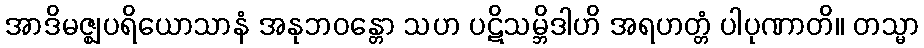
အာဒိမဇ္ဈပရိယောသာနံ အနုဘဝန္တော သဟ ပဋိသမ္ဘိဒါဟိ အရဟတ္တံ ပါပုဏာတိ။ တသ္မာ